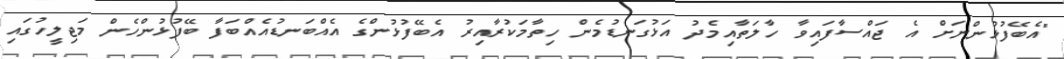
"އެބޭފުޅުންނަށް އެ ޖައްސާފައިވާ ހާލަތާއިމެދު އަޅުގަނޑުމެން ހިތާމަކުރާއިރު އެބޭފުޅުންގެ އެއްބަނޑުއެއްބަފާ ބޭފުޅުންހެން މަޖިލީހުގައި